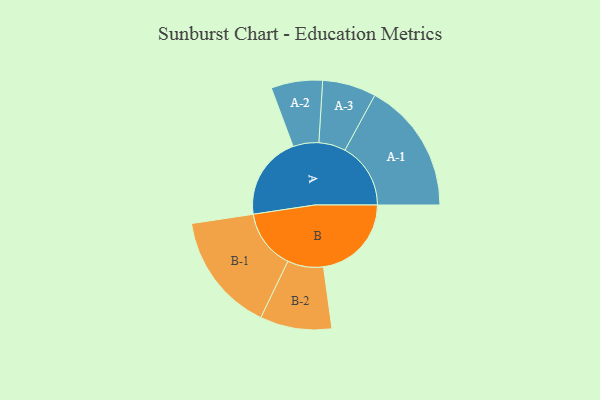
{"axis": {"x": "Segment", "y": "Value"}, "legend": ["", "A", "B"], "data": [{"x": "A", "y": 361, "type": ""}, {"x": "B", "y": 380, "type": ""}, {"x": "A-1", "y": 284, "type": "A"}, {"x": "A-2", "y": 111, "type": "A"}, {"x": "A-3", "y": 116, "type": "A"}, {"x": "B-1", "y": 258, "type": "B"}, {"x": "B-2", "y": 155, "type": "B"}]}